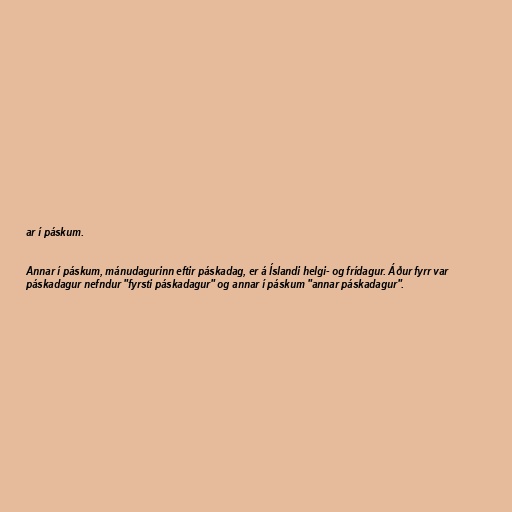
ar í páskum.

Annar í páskum, mánudagurinn eftir páskadag, er á Íslandi helgi- og frídagur. Áður fyrr var
páskadagur nefndur "fyrsti páskadagur" og annar í páskum "annar páskadagur".